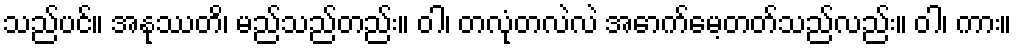
သည်ပင်။ အနုဿတိ၊ မည်သည်တည်း။ ဝါ၊ တလုံတလဲလဲ အောက်မေ့တတ်သည်လည်း။ ဝါ၊ ကား။